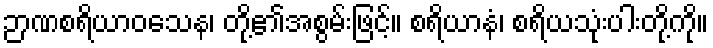
ဉာဏစရိယာဝသေန၊ တို့၏အစွမ်းဖြင့်။ စရိယာနံ၊ စရိယသုံးပါးတို့ကို။